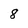
Character: 8